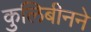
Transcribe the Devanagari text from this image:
कुलिबीनने